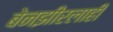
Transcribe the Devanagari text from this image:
बेनझीरलाही